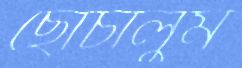
ছোঁচালুম